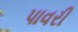
પાવરી